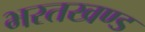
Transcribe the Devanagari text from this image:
भरतखण्ड